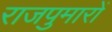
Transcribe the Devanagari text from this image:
राजपुमारों